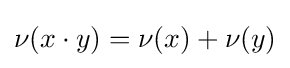
\nu (x\cdot y)=\nu (x)+\nu (y)